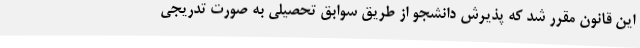
این قانون مقرر شد که پذیرش دانشجو از طریق سوابق تحصیلی به صورت تدریجی